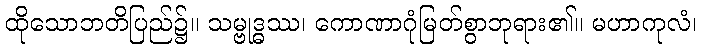
ထိုသောဘတိပြည်၌။ သမ္ဗုဒ္ဓဿ၊ ကောဏာဂုံမြတ်စွာဘုရား၏။ မဟာကုလံ၊